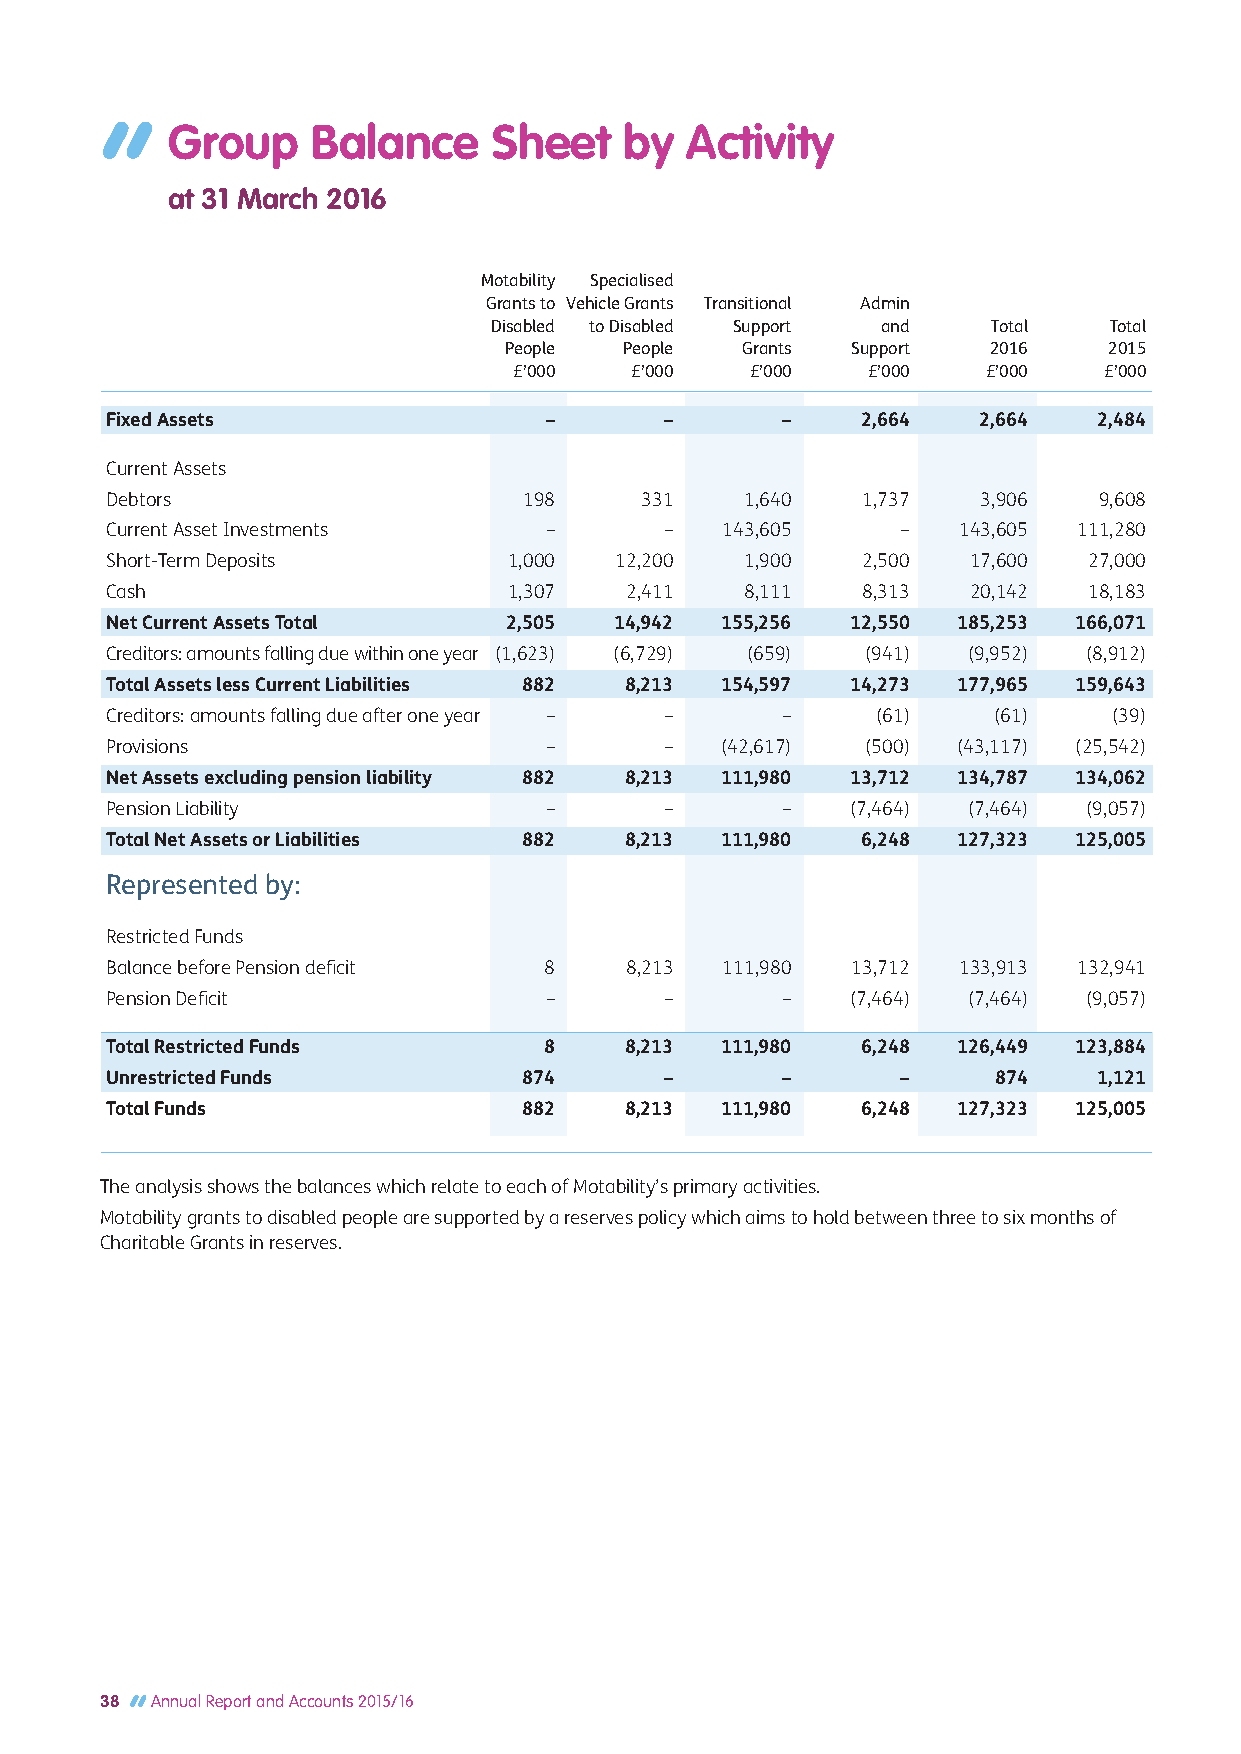
Group     Balance     Sheet   by  Activity
 at 31 March 2016
 Motability Specialised
 Grants to Vehicle Grants Transitional Admin
 Disabled to Disabled Support and  Total  Total
 People  People  Grants Support  2016    2015
 £’000   £’000   £’000  £’000   £’000   £’000
 Fixed Assets                 –       –       –    2,664   2,664   2,484
 Current Assets
 Debtors                     198    331    1,640   1,737   3,906   9,608
 Current Asset Investments    –       –   143,605     –  143,605 111,280
 Short-Term Deposits        1,000  12,200  1,900   2,500  17,600  27,000
 Cash                       1,307  2,411   8,111   8,313  20,142  18,183
 Net Current Assets Total   2,505  14,942 155,256 12,550 185,253 166,071
 Creditors: amounts falling due within one year (1,623) (6,729) (659) (941) (9,952) (8,912)
 Total Assets less Current Liabilities 882 8,213 154,597 14,273 177,965 159,643
 Creditors: amounts falling due after one year – – – (61)   (61)    (39)
 Provisions                   –       –   (42,617) (500) (43,117) (25,542)
 Net Assets excluding pension liability 882 8,213 111,980 13,712 134,787 134,062
 Pension Liability            –       –       –   (7,464) (7,464) (9,057)
 Total Net Assets or Liabilities 882 8,213 111,980 6,248 127,323 125,005
 Represented by:
 Restricted Funds
 Balance before Pension deficit 8  8,213  111,980 13,712 133,913 132,941
 Pension Deficit              –       –       –   (7,464) (7,464) (9,057)
 Total Restricted Funds       8    8,213  111,980  6,248 126,449 123,884
 Unrestricted Funds          874      –       –       –     874    1,121
 Total Funds                 882   8,213  111,980  6,248 127,323 125,005
 The analysis shows the balances which relate to each of Motability’s primary activities.
 Motability grants to disabled people are supported by a reserves policy which aims to hold between three to six months of
 Charitable Grants in reserves.
 38 Annual Report and Accounts 2015/16